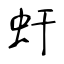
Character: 虷